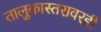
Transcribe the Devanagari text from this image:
तालुकास्तरावरही